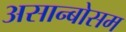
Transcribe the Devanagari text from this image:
असान्बोसम